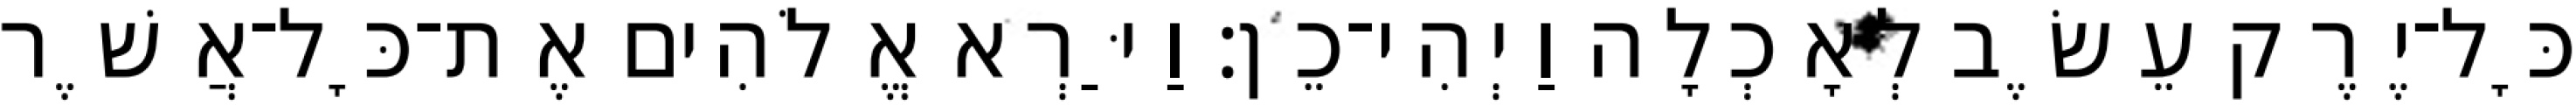
כָּל־יֶרֶק עֵשֶׂב לְאָכְלָה וַיְהִי־כֵן׃ וַיַּרְא אֱלֹהִים אֶת־כָּל־אֲשֶׁר